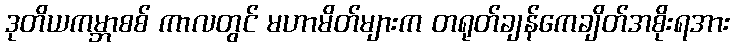
ဒုတိယကမ္ဘာစစ် ကာလတွင် မဟာမိတ်များက တရုတ်ချန်ကေချိတ်အစိုးရအား